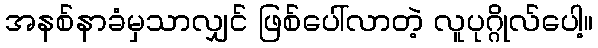
အနစ်နာခံမှသာလျှင် ဖြစ်ပေါ်လာတဲ့ လူပုဂ္ဂိုလ်ပေါ့။